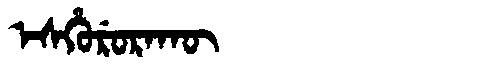
Manchu: ᡝᠰᡥᡠᡵᡠᡵᠠᡴᡡ
Romanization: ESHURURAKŪ